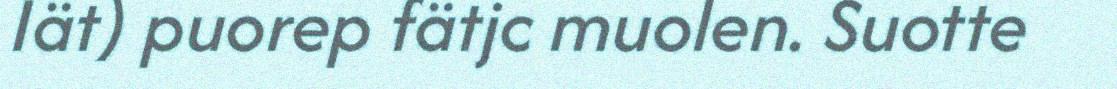
Iät) puorep fätjc muolen. Suotte